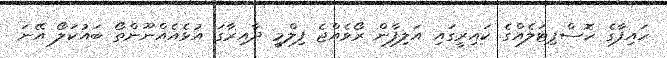
ހައިފާގެ ހޮސްޕިޓަލެއްގެ ކައިރީގައި އަލިފާން ރޯވެއްޖެ ފިލްމީ ދާއިރާގަ އުޅެއެއްނޫންތޯ ބައުކަލޯ އޭނަ